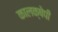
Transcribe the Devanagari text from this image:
कालक्षेपी